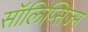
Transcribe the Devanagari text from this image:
सॉलिप्सिज्म